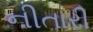
નીતારી